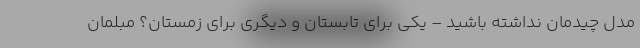
مدل چیدمان نداشته باشید – یکی برای تابستان و دیگری برای زمستان؟ مبلمان